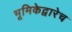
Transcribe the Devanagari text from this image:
भूमिकेद्वारेच